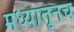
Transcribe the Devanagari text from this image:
मध्यातूनच